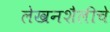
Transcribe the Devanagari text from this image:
लेखनशैलीचे